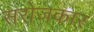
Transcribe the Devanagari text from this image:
सरोजकार